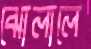
ঝোলালে